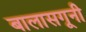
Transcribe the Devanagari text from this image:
बालासगूनी